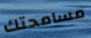
مسامحتك